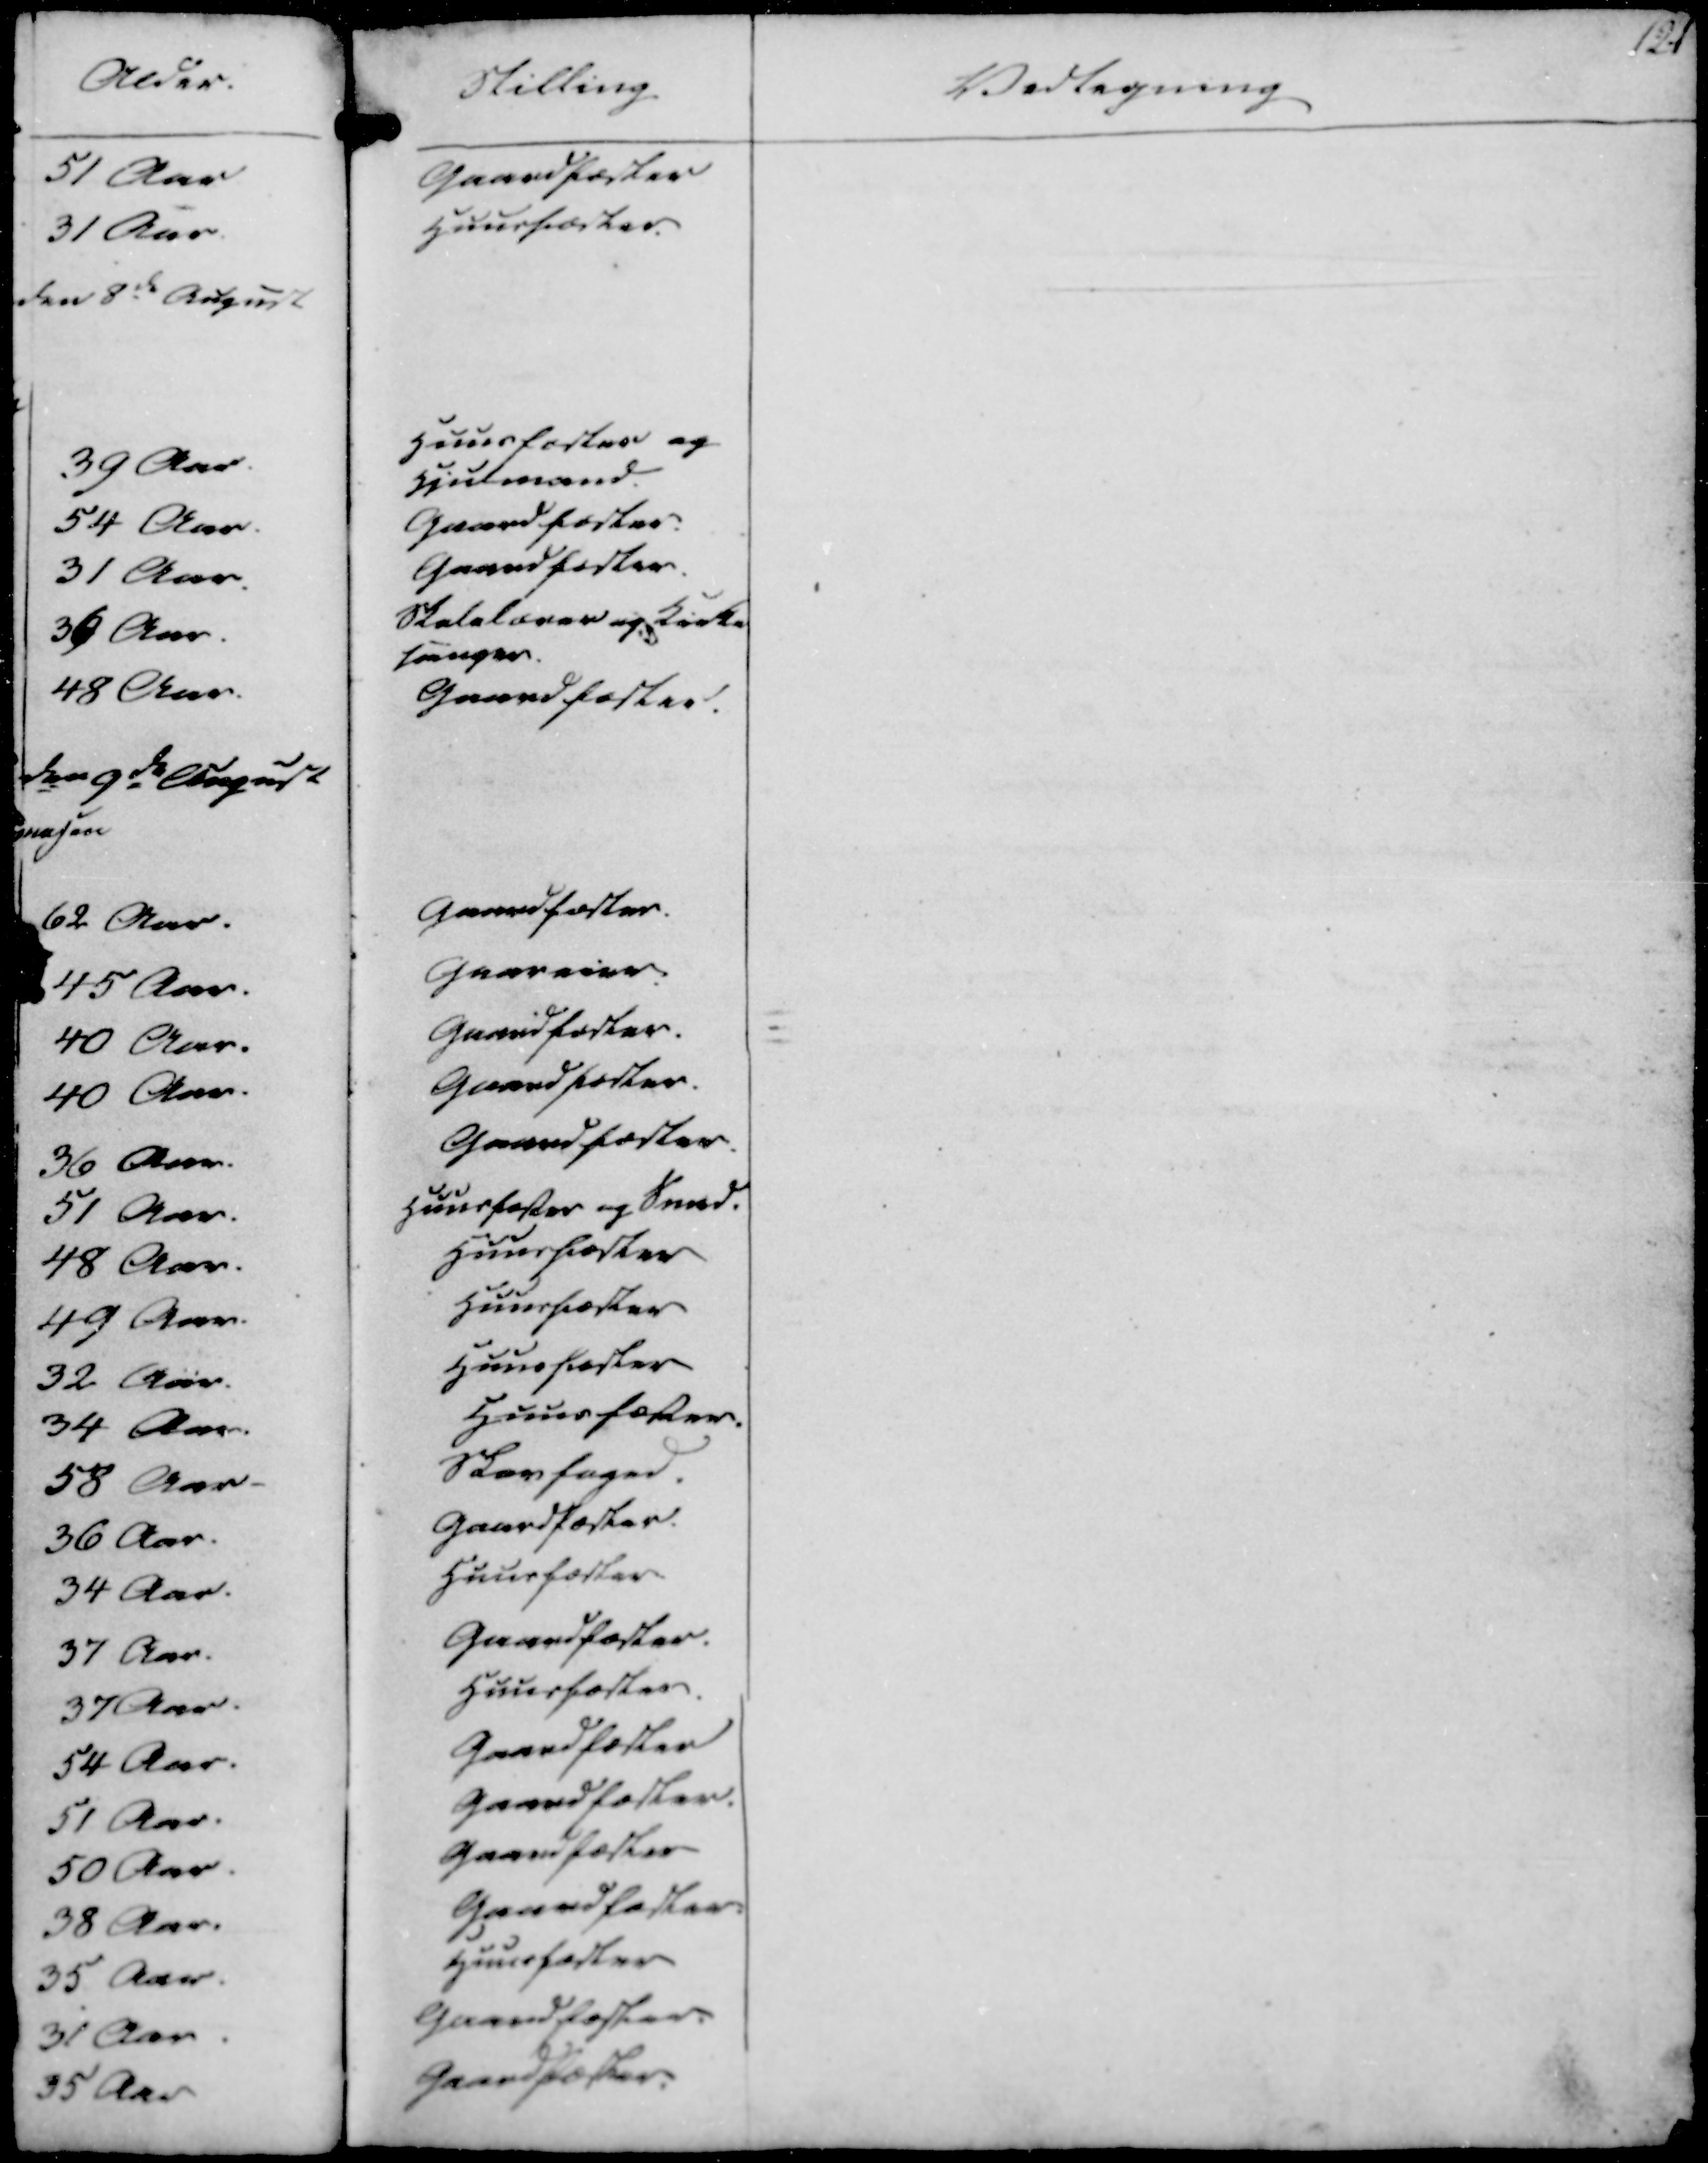
Transskription:
Stilling
Vedtagning
121

Gaardfæster
Huusfæster.

Huusfæster og
Hiulmand.
Gaardfæster.
Gaardfæster.
Skolelærer og Kirke
sanger.
Gaardfæster.

Gaardfæster.
Gaareier.
Gaardfæster.
Gaardfæster.
Gaardfæster.
Huusfæster og Smed.
Huusfæster
Huusfæster
Huusfæster
Huusfæster.
Skovfoged.
Gaardfæster.
Huusfæster
Gaardfæster.
Huusfæster.
Gaardfæster
Gaardfæster.
Gaardfæster
Gaardfæster.
Huusfæster
Gaardfæster.
Gaardfæster.